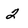
Character: 2